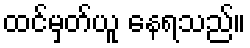
ထင်မှတ်ယူ နေရသည်။